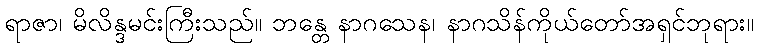
ရာဇာ၊ မိလိန္ဒမင်းကြီးသည်။ ဘန္တေ နာဂသေန၊ နာဂသိန်ကိုယ်တော်အရှင်ဘုရား။